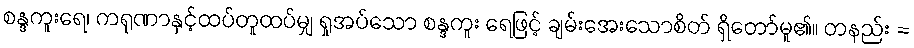
စန္ဒကူးရေ၊ ကရုဏာနှင့်ထပ်တူထပ်မျှ ရှုအပ်သော စန္ဒကူး ရေဖြင့် ချမ်းအေးသောစိတ် ရှိတော်မူ၏။ တနည်း =